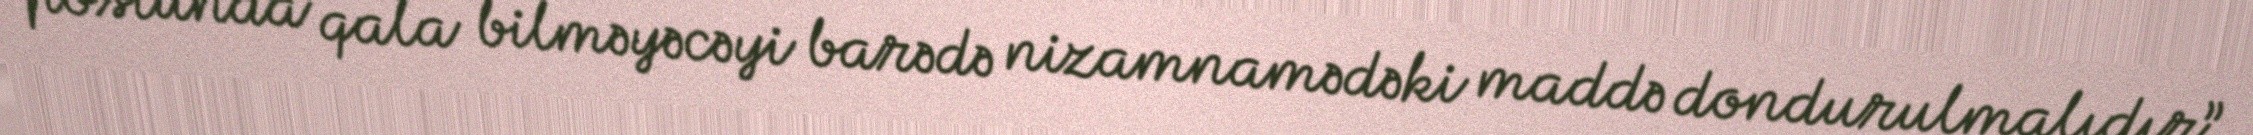
postunda qala bilməyəcəyi barədə nizamnamədəki maddə dondurulmalıdır”.